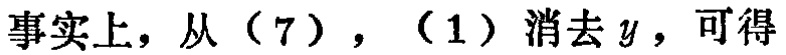
事实上，从（7），（1）消去\(y\)，可得